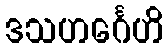
ဒသဟင်္ဂေဟိ